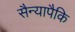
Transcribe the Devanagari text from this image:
सैन्यापैकि